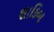
શાકિબ